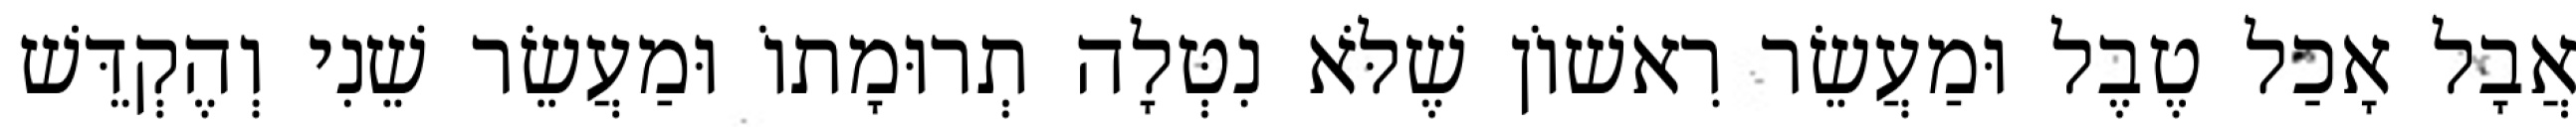
אֲבָל אָכַל טֶבֶל וּמַעֲשֵׂר רִאשׁוֹן שֶׁלֹּא נִטְּלָה תְרוּמָתוֹ וּמַעֲשֵׂר שֵׁנִי וְהֶקְדֵּשׁ